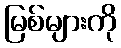
မြစ်များကို